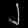
Digit: ၂